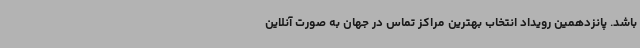
باشد. پانزدهمین رویداد انتخاب بهترین مراکز تماس در جهان به صورت آنلاین